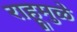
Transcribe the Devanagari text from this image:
राहूमुळे